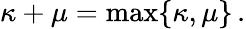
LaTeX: \kappa+\mu=\operatorname*{max}\{ \kappa,\mu\} \, .